Mobilization store table India
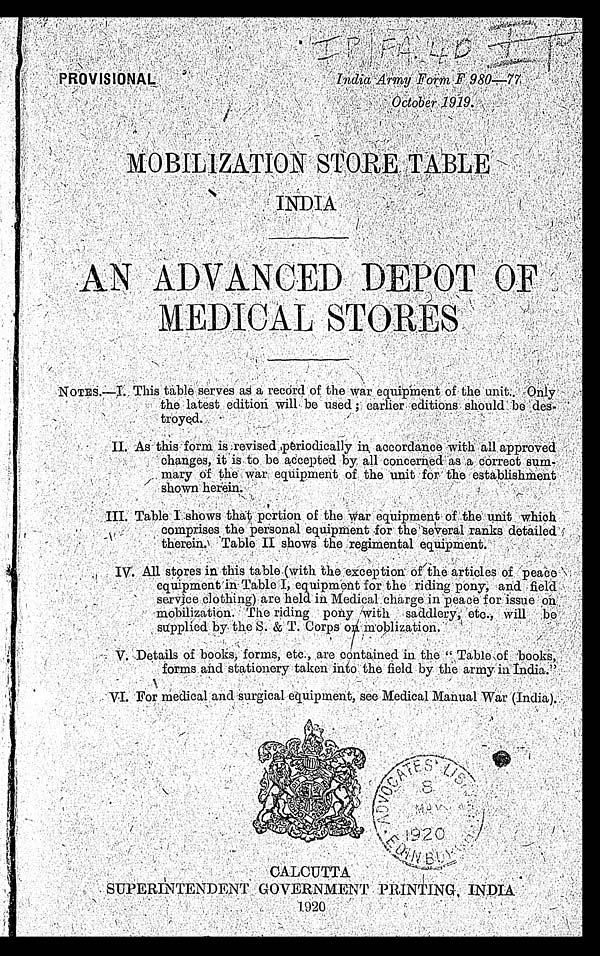
PROVISIONAL
India Army Form F 980
—77
October 1919
MOBILIZATION STORE TABLE
INDIA
AN ADVANCED DEPOT OF
MEDICAL STORES
NOTES.—I. This table serves as a record of the war equipment of the unit. Only
the latest edition will be used; earlier editions should be des-
troyed.
II. As this form is revised periodically in accordance with all approved
changes, it is to be accepted by all concerned as a correct sum-
mary of the war equipment of the unit for the establishment
shown herein.
III. Table I shows that portion of the war equipment of the unit which
comprises the personal equipment for the several ranks
detailed therein. Table II shows the regimental equipment.
IV. All stores in this table (with the exception of the articles of peace
equipment in Table I, equipment for the riding pony, and field
service clothing) are held in Medicalcharge in peace for issue on
mobilization. The riding pony with saddlery, etc., will be
supplied by the S. & T. Corps on moblization.
V. Details of books, forms, etc., are contained in the "Table of books,
forms aid stationery taken into the field by the army in India."
VI. For medical and surgical equipment, see Medical Manual War (India).
CALCUTTA
SUPERINTENDENT GOVERNMENT PRINTING, INDIA
1920